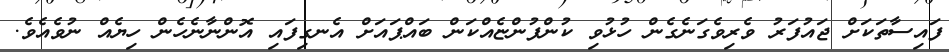
ފައިސާތަކަށް ޖައުފަރު ވެރިވެގަނެގެން ހުޅުވި ކުންފުންޏެއްކަން ބައްޕައަށް އެނގިފައި އޮންނާނެހެން ހިޔެއް ނުވެއެވެ.